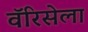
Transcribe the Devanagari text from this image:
वॅरिसेला